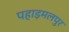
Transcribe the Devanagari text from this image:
पहाड़मलपुर